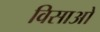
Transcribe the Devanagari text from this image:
विसाओ